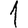
Digit: 1